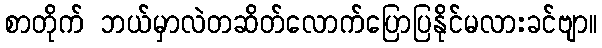
စာတိုက် ဘယ်မှာလဲတဆိတ်လောက်ပြောပြနိုင်မလားခင်ဗျာ။